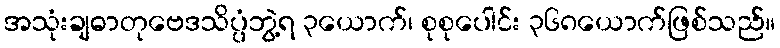
အသုံးချဓာတုဗေဒသိပ္ပံဘွဲ့ရ ၃ယောက်၊ စုစုပေါင်း ၃၆၈ယောက်ဖြစ်သည်။